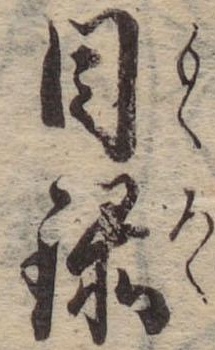
目録